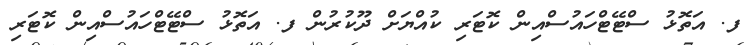
ފ. އަތޮޅު ސްޓޭޓްހައުސްއިން ކޮޓަރި ކުއްޔަށް ދޫކުރުން ފ. އަތޮޅު ސްޓޭޓްހައުސްއިން ކޮޓަރި